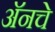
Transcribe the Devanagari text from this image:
अॅनचे